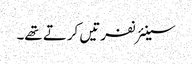
سینئر نفرتیں کرتے تھے۔